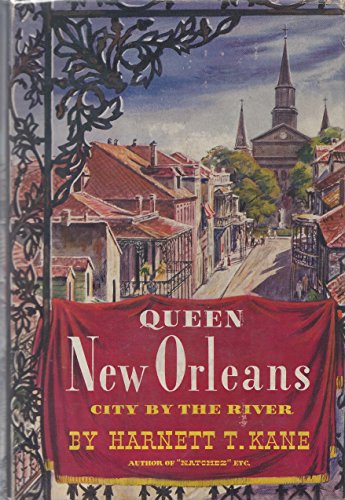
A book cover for Queen New Orleans: City By the River; Harnett T. Kane; Travel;